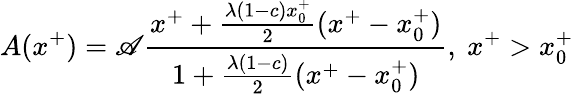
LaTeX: A(x^{+})=\mathscr{A}{\frac{{x^{+}+{\frac{{\lambda(1-c)x_{0}^{+}}}{{2}}}(x^{+}-x_{0}^{+})}}{{1+{\frac{{\lambda(1-c)}}{{2}}}(x^{+}-x_{0}^{+})}}},\ x^{+}>x_{0}^{+}